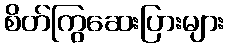
စိတ်ကြွဆေးပြားများ